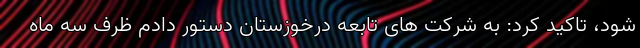
شود، تاکید کرد: به شرکت های تابعه درخوزستان دستور دادم ظرف سه ماه